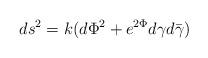
LaTeX: \begin{align*}ds^2=k(d{\Phi}^2+e^{2{\Phi}}{d{\gamma}}{d{\bar{\gamma}}})\end{align*}